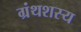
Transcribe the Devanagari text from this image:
ग्रंथशस्य